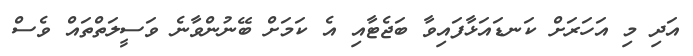
އަދި މި އަހަރަށް ކަނޑައަޅާފައިވާ ބަޖެޓާއި އެ ކަމަށް ބޭނުންވާނެ ވަސީލަތްތައް ވެސް